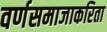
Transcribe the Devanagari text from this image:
वर्णसमाजाकरिता